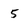
Character: 5